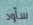
سأود